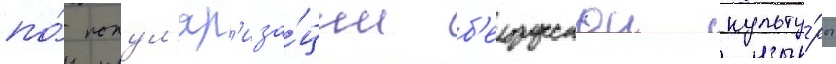
по́ попул'яр'иза́ции б'елорусскои культу́ры